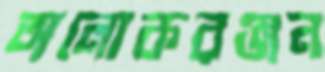
অলোকরঞ্জন